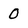
Character: 0